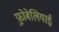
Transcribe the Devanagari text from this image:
फ़्रोबेलियाई